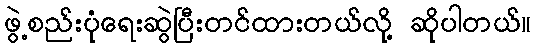
ဖွဲ့စည်းပုံရေးဆွဲပြီးတင်ထားတယ်လို့ ဆိုပါတယ်။